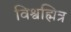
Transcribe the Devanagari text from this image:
विश्वह्मित्र